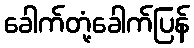
ခေါက်တုံ့ခေါက်ပြန်